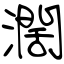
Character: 濶